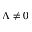
\Lambda \neq 0